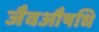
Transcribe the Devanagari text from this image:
जैवऔषधि